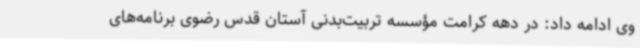
وی ادامه داد: در دهه کرامت مؤسسه تربیت‌بدنی آستان قدس رضوی برنامه‌های